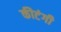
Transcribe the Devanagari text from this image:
कीटंगी